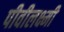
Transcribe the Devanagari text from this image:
पीवीलक्ष्मी